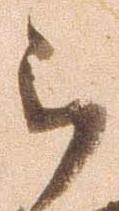
郎